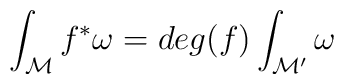
\int_{\mathcal M} f^*\omega =deg(f)\int_{{\mathcal M}'}\omega